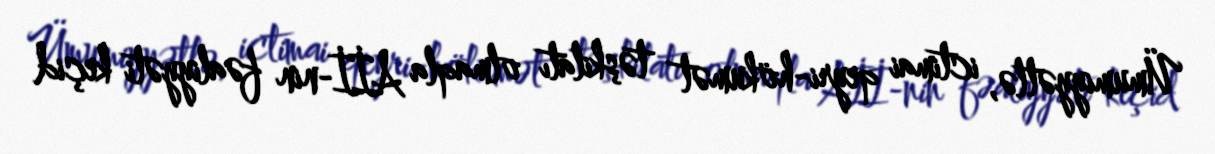
Ümumiyyətlə, ictimai qeyri-hökumət təşkilatı olmaqla Aİİ-nin fəaliyyəti keçid